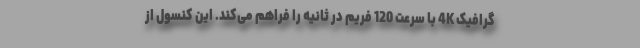
گرافیک 4K با سرعت 120 فریم در ثانیه را فراهم می‌کند. این کنسول از